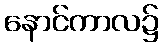
နောင်ကာလ၌